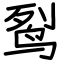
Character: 䴕